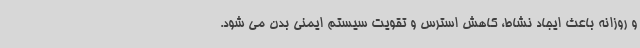
و روزانه باعث ایجاد نشاط، کاهش استرس و تقویت سیستم ایمنی بدن می شود.